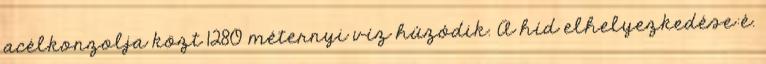
acélkonzolja közt 1280 méternyi víz húzódik. A híd elhelyezkedése:é.